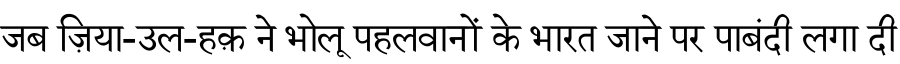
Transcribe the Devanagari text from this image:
जब ज़िया-उल-हक़ ने भोलू पहलवानों के भारत जाने पर पाबंदी लगा दी